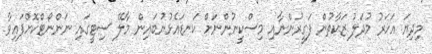
މިދިޔަ އަހަރު މުދަލު ޒަކާތުން ފަގީރުންނާއި މިސްކީނުންނަށް ކަނޑައެޅުނުބައިން މާލޭ ސިޓީގައި ނަންނޯޓްކޮށްފައިވާ